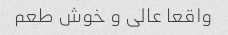
واقعا عالى و خوش طعم